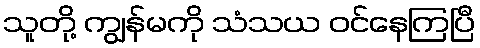
သူတို့ ကျွန်မကို သံသယ ဝင်နေကြပြီ